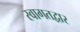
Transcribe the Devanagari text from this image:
स्वागतद्वार